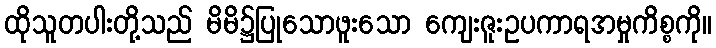
ထိုသူတပါးတို့သည် မိမိ၌ပြုသောဖူးသော ကျေးဇူးဥပကာရအမှုကိစ္စကို။